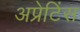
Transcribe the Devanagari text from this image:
अप्रेटिंस